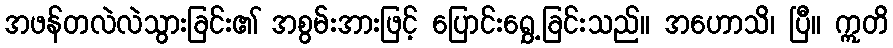
အဖန်တလဲလဲသွားခြင်း၏ အစွမ်းအားဖြင့် ပြောင်းရွှေ့ခြင်းသည်။ အဟောသိ၊ ပြီ။ ဣတိ